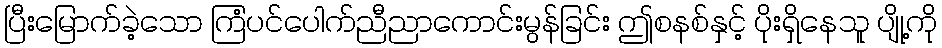
ပြီးမြောက်ခဲ့သော ကြံပင်ပေါက်ညီညာကောင်းမွန်ခြင်း ဤစနစ်နှင့် ပိုးရှိနေသူ ပျို့ကို